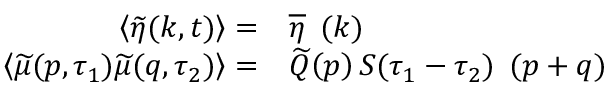
\begin{array} { r l } { \left< \widetilde { \eta } ( \boldsymbol { k } , t ) \right> = } & { \overline { { \eta } } \operatorname { \delta } ( \boldsymbol { k } ) } \\ { \left< \widetilde { \mu } ( \boldsymbol { p } , \tau _ { 1 } ) \widetilde { \mu } ( \boldsymbol { q } , \tau _ { 2 } ) \right> = } & { \widetilde { Q } \! \left( \boldsymbol { p } \right) S ( \tau _ { 1 } - \tau _ { 2 } ) \operatorname { \delta } ( \boldsymbol { p } + \boldsymbol { q } ) } \end{array}